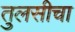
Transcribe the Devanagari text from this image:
तुलसीचा